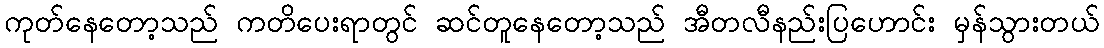
ကုတ်နေတော့သည် ကတိပေးရာတွင် ဆင်တူနေတော့သည် အီတလီနည်းပြဟောင်း မှန်သွားတယ်